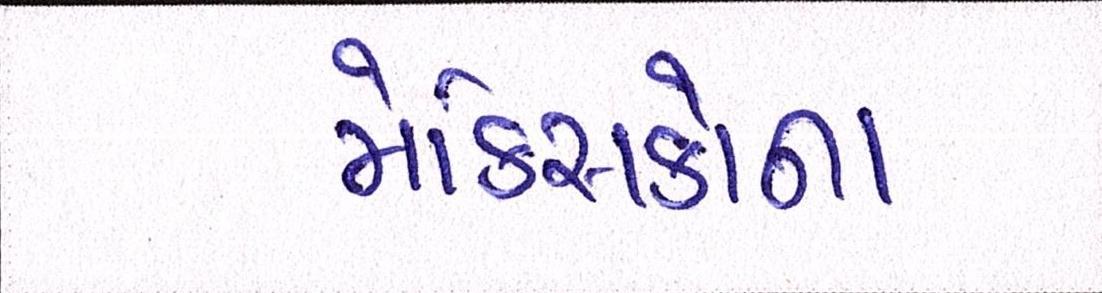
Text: મેક્સિકોના